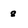
Character: 8